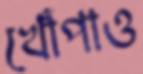
খোঁপাও